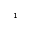
_ { 1 }